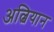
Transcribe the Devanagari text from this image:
अल्बियान